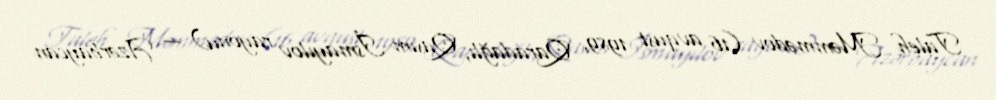
Taleh Məmmədov (16 avqust 1989, Qaradağlı, Qasım İsmayılov rayonu) — Azərbaycan